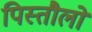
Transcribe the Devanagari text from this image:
पिस्तौलो